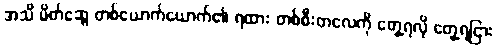
အသိ မိတ်ဆွေ တစ်ယောက်ယောက်၏ ရထား တစ်စီးတလေကို တွေ့ရလို တွေ့ရငြား